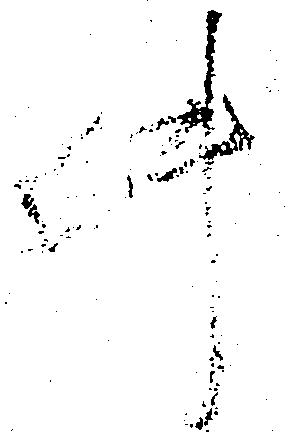
件